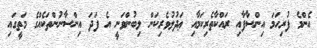
އެންމެ ފުރިހަމަ އިންސާފާއި ރައްކާތެރިކަމާއި ޢަދުލުވެރިކަން ލިބުންވަނީ އެ ފަދަ އިންސާނުންތަކެއްގެ މަތީގައި